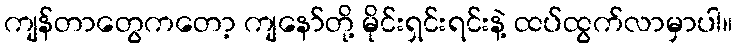
ကျန်တာတွေကတော့ ကျနော်တို့ မိုင်းရှင်းရင်းနဲ့ ထပ်ထွက်လာမှာပါ။